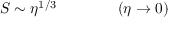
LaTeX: S \sim \eta ^ { 1 / 3 } \qquad \qquad ( \eta \rightarrow 0 )